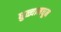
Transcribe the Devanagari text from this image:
धुळ्यामधून